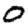
Digit: 0